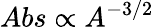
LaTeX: Abs\propto A^{-3/2}